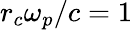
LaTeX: r_{c}\omega_{p}/c=1